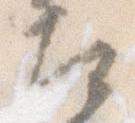
左